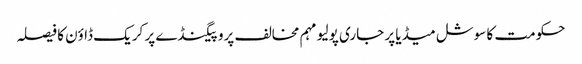
حکومت کا سوشل میڈیا پر جاری پولیو مہم مخالف پروپیگنڈے پر کریک ڈاؤن کا فیصلہ